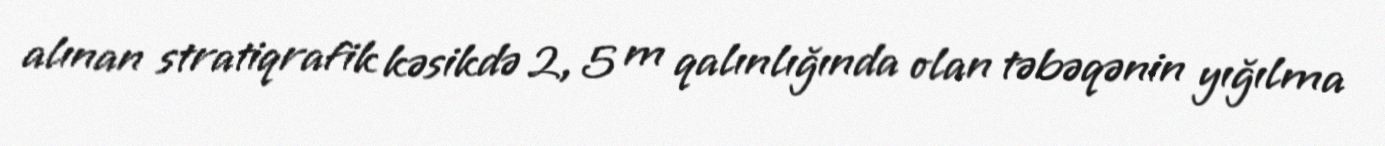
alınan stratiqrafik kəsikdə 2, 5 m qalınlığında olan təbəqənin yığılma